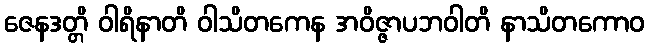
ဇေနဒတ္တိ ဝါရိနာတိ ဝါသိတကေန အဝိဇ္ဇာပဘဝါတိ နာသိတကောဝ